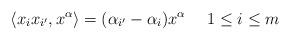
LaTeX: \begin{align*}\langle x_ix_{i'},x^\alpha\rangle=(\alpha_{i'}-\alpha_i)x^\alpha\ \ \ \ 1\leq i\leq m\end{align*}